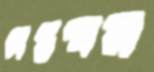
সপ্তস্বর